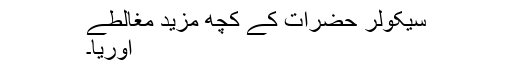
سیکولر حضرات کے کچھ مزید مغالطے
اوریا۔